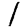
Digit: 1